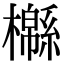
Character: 㰃